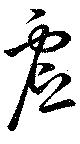
虚